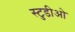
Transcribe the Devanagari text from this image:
स्टुडीओ